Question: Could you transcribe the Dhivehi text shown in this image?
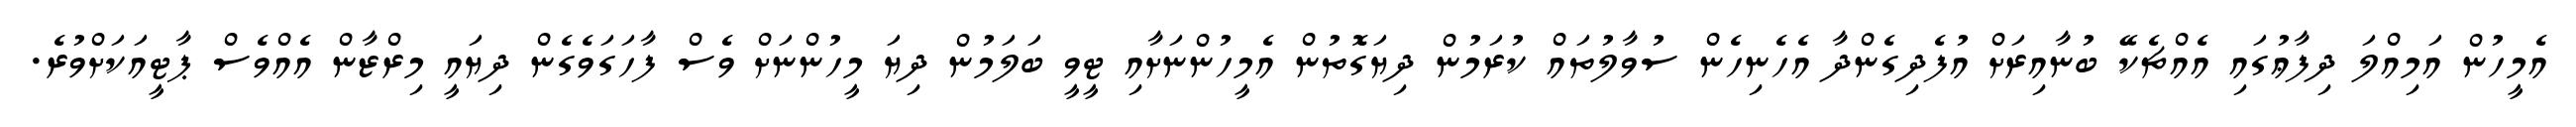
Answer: އެމީހުން އަމިއްލަ ދިފާޢުގައި އެއްޗެކޭ ބުނާއިރަށް އުފެދިގެންދާ އެހެނިހެން ސުވާލުތައް ކުރަމުން ދިޔަގޮތުން އެމީހުންނަށާއި ޓީވީ ބަލަމުން ދިޔަ މީހުންނަށް ވެސް ފާހަގަވެގެން ދިޔައީ މިރްޒާން އެއްވެސް ޕާޓީއަކަށްވުރެ.